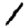
Digit: 1